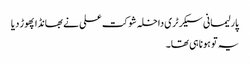
پارلیمانی سیکرٹری داخلہ شوکت علی نے بھانڈا پھوڑ دیا
یہ تو ہونا ہی تھا۔